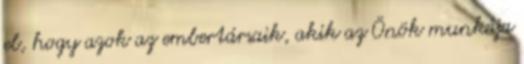
el, hogy azok az embertársaik, akik az Önök munkája